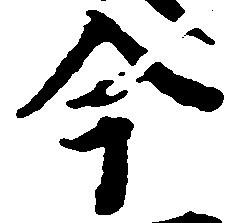
今